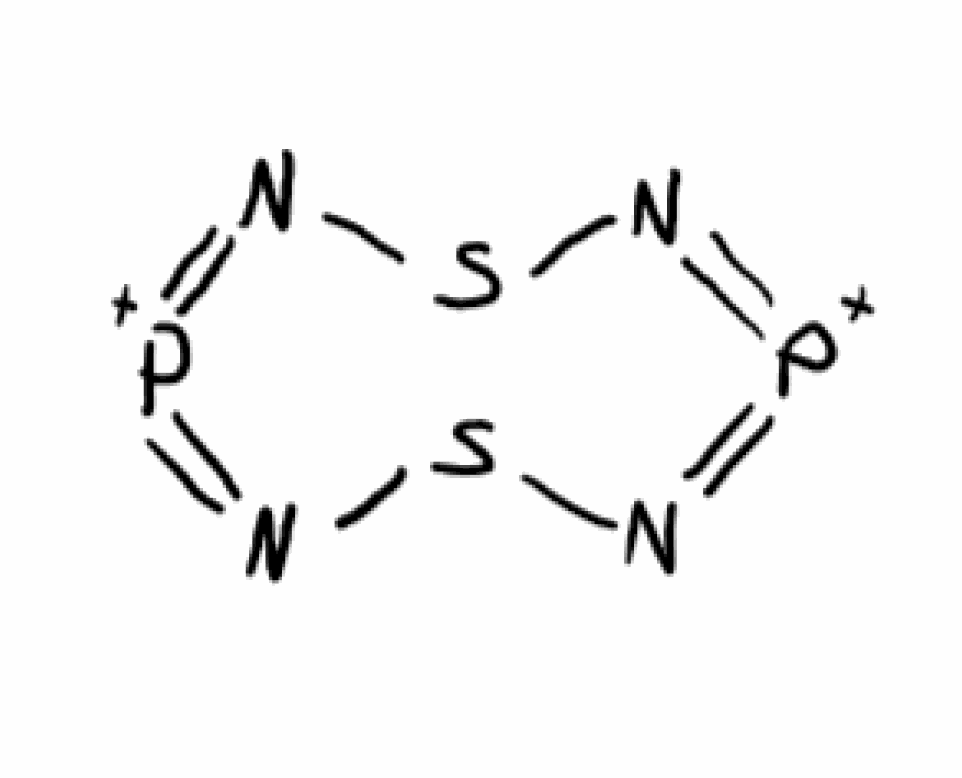
Simplified molecular-input line-entry system (SMILES) notation of the given molecule:
N1=[P+]=NSN=[P+]=NS1